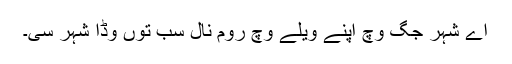
اے شہر جگ وچ اپنے ویلے وچ روم نال سب توں وڈا شہر سی۔